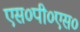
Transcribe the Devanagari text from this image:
एस०पी०एस०